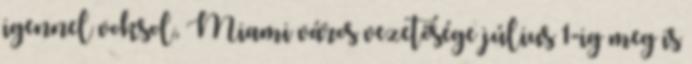
igennel voksol, Miami város vezetősége július 1-ig meg is